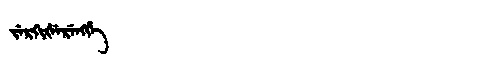
Manchu: ᠵᡝᡵᡴᡳᡧᡝᡵᡝᠩᡤᡝ
Romanization: JERKIŠERENGGE